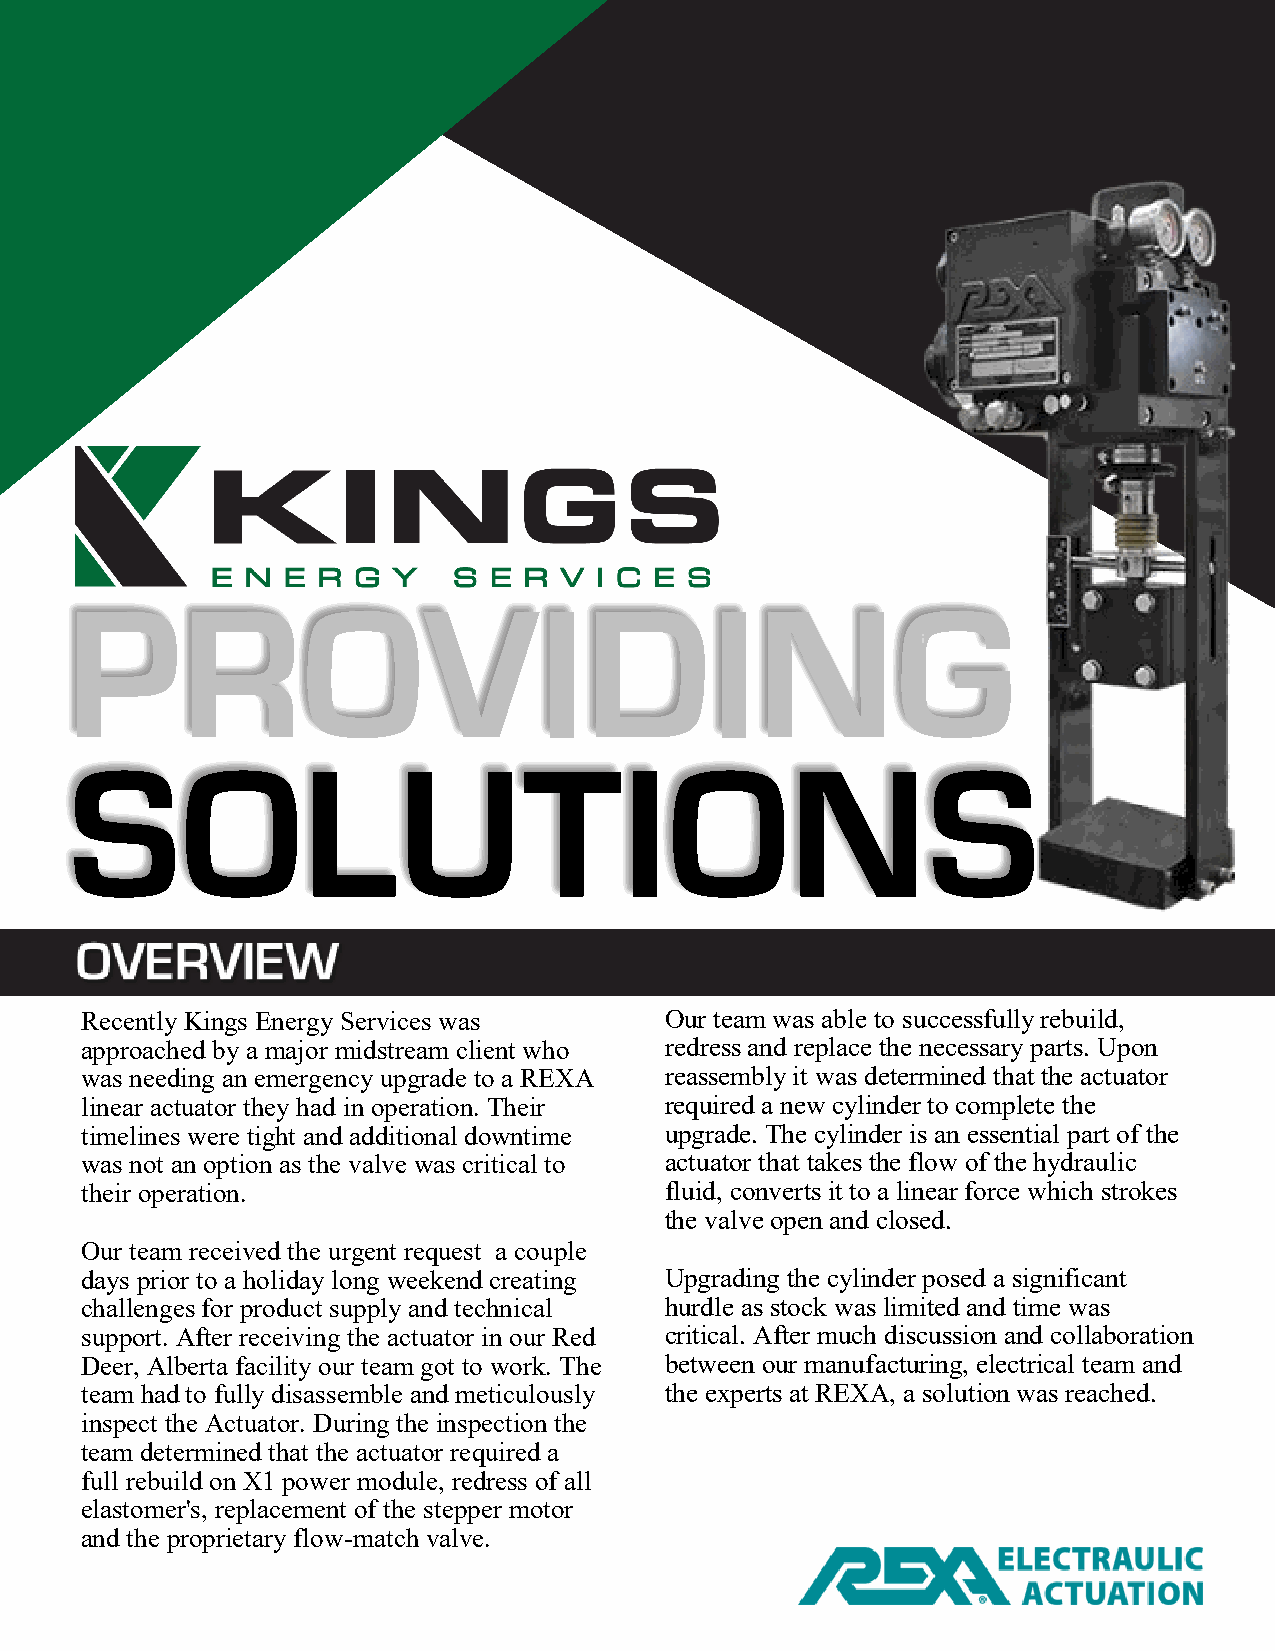
PROVIDING
 SOLUTIONS
 Recently Kings Energy Services was     Our team was able to successfully rebuild,
 approached by a major midstream client who redress and replace the necessary parts. Upon
 was needing an emergency upgrade to a REXA reassembly it was determined that the actuator
 linear actuator they had in operation. Their required a new cylinder to complete the
 timelines were tight and additional downtime upgrade. The cylinder is an essential part of the
 was not an option as the valve was critical to actuator that takes the flow of the hydraulic
 their operation.                       fluid, converts it to a linear force which strokes
 the valve open and closed.
 Our team received the urgent request a couple
 days prior to a holiday long weekend creating Upgrading the cylinder posed a significant
 challenges for product supply and technical hurdle as stock was limited and time was
 support. After receiving the actuator in our Red critical. After much discussion and collaboration
 Deer, Alberta facility our team got to work. The between our manufacturing, electrical team and
 team had to fully disassemble and meticulously the experts at REXA, a solution was reached.
 inspect the Actuator. During the inspection the
 team determined that the actuator required a
 full rebuild on X1 power module, redress of all
 elastomer's, replacement of the stepper motor
 and the proprietary flow-match valve.